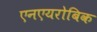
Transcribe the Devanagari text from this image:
एनएयरोबिक